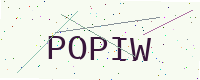
Text: POPIW